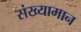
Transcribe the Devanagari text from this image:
संख्यामान